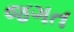
જગત